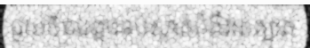
ជួយចិនបង្ការទប់ស្កាត់ជំងឺរាតត្បាត